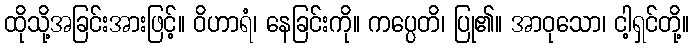
ထိုသို့အခြင်းအားဖြင့်။ ဝိဟာရံ၊ နေခြင်းကို။ ကပ္ပေတိ၊ ပြု၏။ အာဝုသော၊ ငါ့ရှင်တို့။